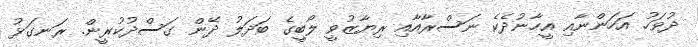
ދުވަހު އަހަންނާއި އީހާނުދެކެ ނަސްރާއާއި ރިޔާޒުވީ ލޯބީގެ ބަދަލު ދޭން ގަސްދުކުރީން. ރަނގަޅު